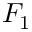
F _ { 1 }